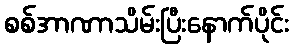
စစ်အာဏာသိမ်းပြီးနောက်ပိုင်း